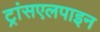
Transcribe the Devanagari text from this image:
ट्रांसएलपाइन